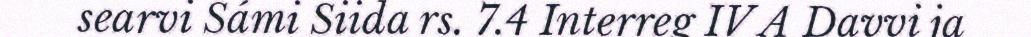
searvi Sámi Siida rs. 7.4 Interreg IV A Davvi ja